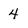
Character: 4